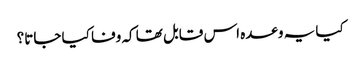
کیا یہ وعدہ اس قابل تھا کہ وفا کیا جاتا؟